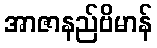
အာဇာနည်ဗိမာန်